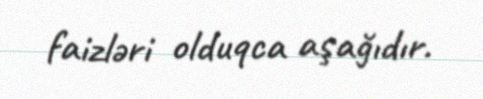
faizləri olduqca aşağıdır.